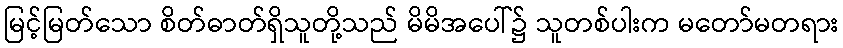
မြင့်မြတ်သော စိတ်ဓာတ်ရှိသူတို့သည် မိမိအပေါ်၌ သူတစ်ပါးက မတော်မတရား